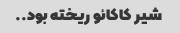
شیر کاکائو ریخته بود..